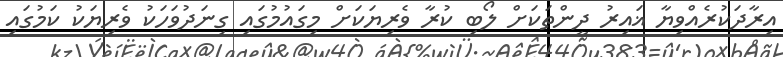
އިރާދަކުރެއްވިޔާ ޣައިރު ދީންތަކަށް ލޯބި ކުރާ ވެރިޔަކަށް މިގައުމުގައި ގިނަދުވަހަކު ވެރިޔަކު ކަމުގައި